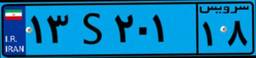
۱۳S۲۰۱۱۸